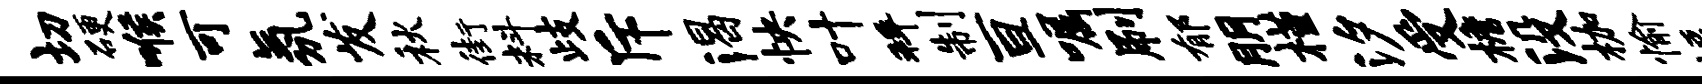
切硬喉可氛发秋街料歧斥渴怏叶拜制亘嘱刷郁朋槿汐受檐没枷愉逗